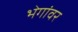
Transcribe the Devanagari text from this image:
भेगांवर